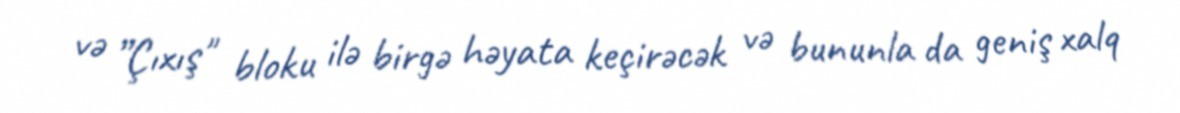
və ”Çıxış" bloku ilə birgə həyata keçirəcək və bununla da geniş xalq